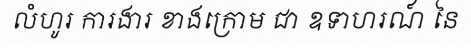
លំហូរ ការងារ ខាងក្រោម ជា ឧទាហរណ៍ នៃ